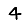
Digit: 4